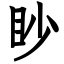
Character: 眇